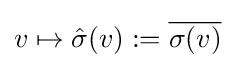
v\mapsto {\hat {\sigma }}(v):={\overline {\sigma (v)}}